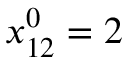
x _ { 1 2 } ^ { 0 } = 2